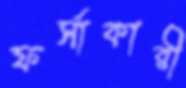
ফর্সাকারী